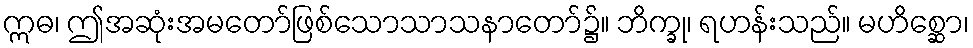
ဣဓ၊ ဤအဆုံးအမတော်ဖြစ်သောသာသနာတော်၌။ ဘိက္ခု၊ ရဟန်းသည်။ မဟိစ္ဆော၊